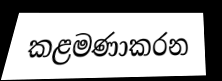
කළමණාකරන